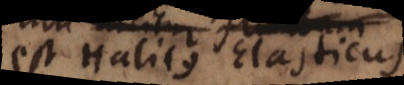
est Halitus Elasticus.